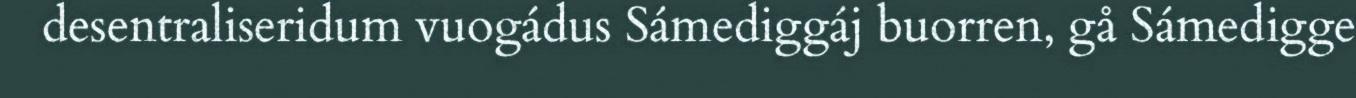
desentraliseridum vuogádus Sámediggáj buorren, gå Sámedigge